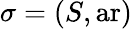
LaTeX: \sigma=(S,\operatorname{ar})